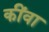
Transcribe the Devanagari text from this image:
कींवा